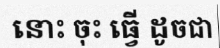
នោះ ចុះ ធ្វើ ដូចជា